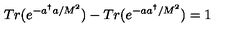
T r ( e ^ { - a ^ { \dagger } a / M ^ { 2 } } ) - T r ( e ^ { - a a ^ { \dagger } / M ^ { 2 } } ) = 1